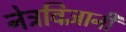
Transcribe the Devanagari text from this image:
नेत्रविज्ञानी